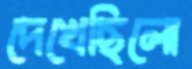
দেখেছিলো